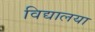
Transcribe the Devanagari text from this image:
विद्यालया